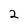
Character: 2